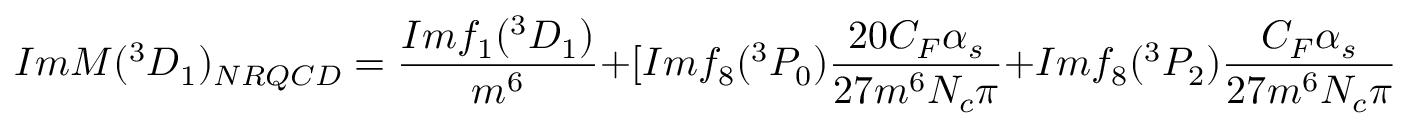
I m { \cal M } ( ^ { 3 } D _ { 1 } ) _ { N R Q C D } = \frac { I m f _ { 1 } ( ^ { 3 } D _ { 1 } ) } { m ^ { 6 } } + [ I m f _ { 8 } ( ^ { 3 } P _ { 0 } ) \frac { 2 0 C _ { F } \alpha _ { s } } { 2 7 m ^ { 6 } N _ { c } \pi } + I m f _ { 8 } ( ^ { 3 } P _ { 2 } ) \frac { C _ { F } \alpha _ { s } } { 2 7 m ^ { 6 } N _ { c } \pi } ] ( - \frac { 1 } { 2 \epsilon _ { I R } } + \frac { 1 } { 2 \epsilon _ { U V } } ) ,